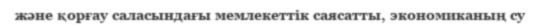
және қорғау саласындағы мемлекеттік саясатты, экономиканың су